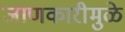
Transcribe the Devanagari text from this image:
जाणकारीमुळे